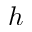
h